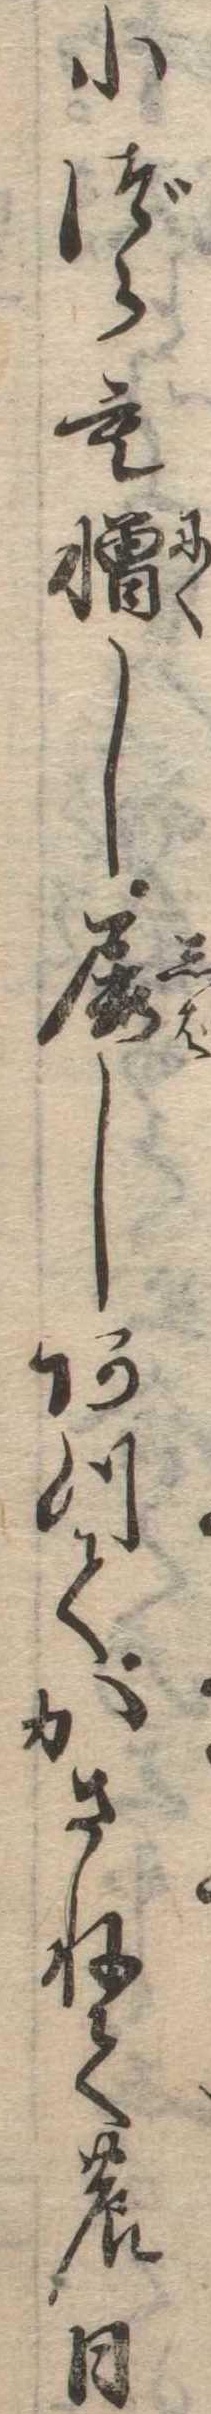
小づらも憎し屡しあつてかさねての日